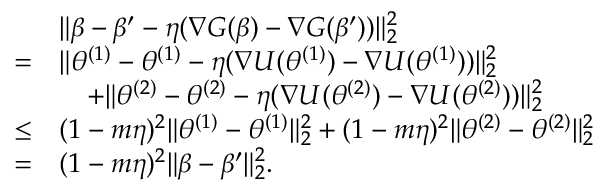
\begin{array} { r l } & { \| \beta - \beta ^ { \prime } - \eta ( \nabla G ( \beta ) - \nabla G ( \beta ^ { \prime } ) ) \| _ { 2 } ^ { 2 } } \\ { = } & { \| \theta ^ { ( 1 ) } - \theta ^ { ( 1 ) } - \eta ( \nabla U ( \theta ^ { ( 1 ) } ) - \nabla U ( \theta ^ { ( 1 ) } ) ) \| _ { 2 } ^ { 2 } } \\ & { \quad + \| \theta ^ { ( 2 ) } - \theta ^ { ( 2 ) } - \eta ( \nabla U ( \theta ^ { ( 2 ) } ) - \nabla U ( \theta ^ { ( 2 ) } ) ) \| _ { 2 } ^ { 2 } } \\ { \leq } & { ( 1 - m \eta ) ^ { 2 } \| \theta ^ { ( 1 ) } - \theta ^ { ( 1 ) } \| _ { 2 } ^ { 2 } + ( 1 - m \eta ) ^ { 2 } \| \theta ^ { ( 2 ) } - \theta ^ { ( 2 ) } \| _ { 2 } ^ { 2 } } \\ { = } & { ( 1 - m \eta ) ^ { 2 } \| \beta - \beta ^ { \prime } \| _ { 2 } ^ { 2 } . } \end{array}